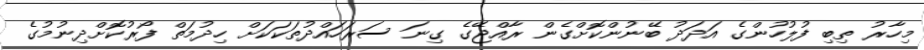
މިހާރު ތިބި ފުލުހުންގެ އަދަދު ބޭނުންކޮށްގެން ރާއްޖޭގެ ގިނަ ސަރަހައްދުތަކަކަށް ހިދުމަތް ފޯރުކޮށްދިނުމުގެ